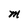
Character: M